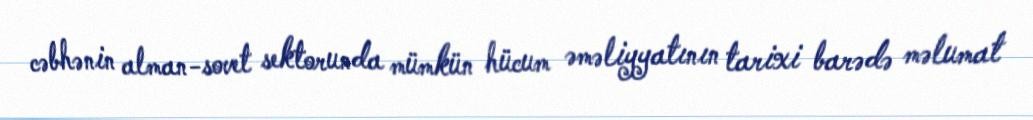
cəbhənin alman-sovet sektorunda mümkün hücum əməliyyatının tarixi barədə məlumat